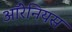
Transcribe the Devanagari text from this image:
ऑरेनियस